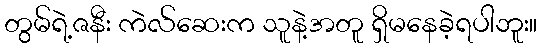
တွမ်ရဲ့ဇနီး ကဲလ်ဆေးက သူနဲ့အတူ ရှိမနေခဲ့ရပါဘူး။